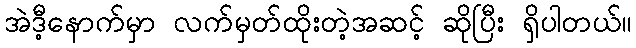
အဲဒီ့နောက်မှာ လက်မှတ်ထိုးတဲ့အဆင့် ဆိုပြီး ရှိပါတယ်။